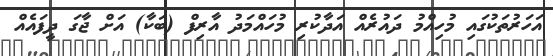
އަހަރުތަކުގައި މުހިއްމު ދައުރެއް އަދާކުރި މުހައްމަދު އާރިފް (ބަކާ) އަށް ޖާގަ ދީފައެއް